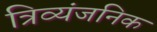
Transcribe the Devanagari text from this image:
त्रिव्यंजनिक